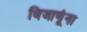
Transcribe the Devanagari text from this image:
विजाणूंना